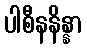
ပါစီနနိန္နာ